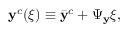
\mathbf { y } ^ { c } ( \boldsymbol { \xi } ) \equiv \bar { \mathbf { y } } ^ { c } + \boldsymbol { \Psi } _ { \mathbf { y } } \boldsymbol { \xi } ,